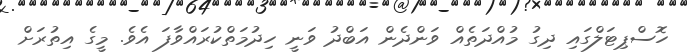
ހޮސްޕިޓަލްގައި ދިގު މުއްދަތެއް ވަންދެން އަބްދު ވަނީ ހިދުމަތްކުރައްވާފަ އެވެ. މީގެ އިތުރަށް